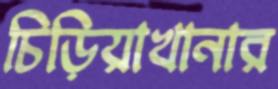
চিড়িয়াখানার